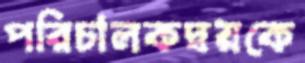
পরিচালকদ্বয়কে